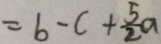
= b - c + \frac { 5 } { 2 } a